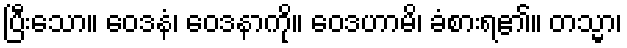
ပြီးသော။ ဝေဒနံ၊ ဝေဒနာကို။ ဝေဒဟာမိ၊ ခံစားရ၏။ တသ္မာ၊